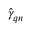
\hat { \gamma } _ { \boldsymbol { q } n }